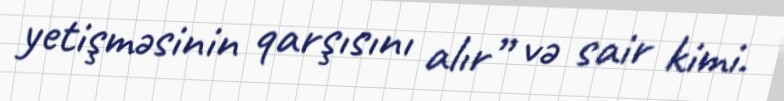
yetişməsinin qarşısını alır” və sair kimi.